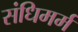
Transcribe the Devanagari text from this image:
संधिमर्म